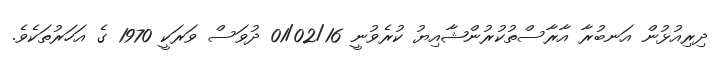
ދިރިއުޅުން އަނބުރާ އާރާސްތުކުރުންޝާއިޔު ކުރެވުނީ 01/02/16 ދުވަސް ވަރަކީ 1970 ގެ އަހަރުތަކެވެ.